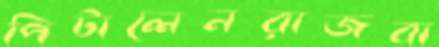
পিটালেনরাজবা